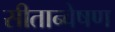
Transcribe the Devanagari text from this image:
सीतान्वेषण